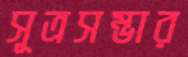
সূত্রসম্ভার